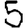
Digit: 5